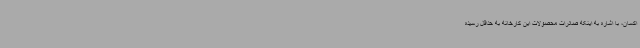
اکسان، با اشاره به اینکه صادرات محصولات این کارخانه به حداقل رسیده